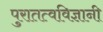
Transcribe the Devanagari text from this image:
पुरातत्वविज्ञानी